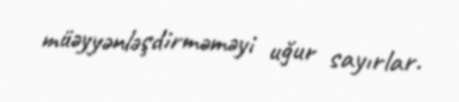
müəyyənləşdirməməyi uğur sayırlar.